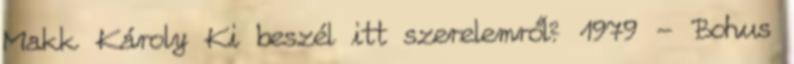
Makk Károly Ki beszél itt szerelemről? 1979 - Bohus